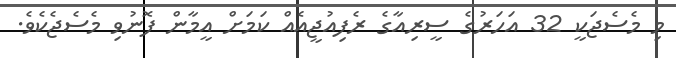
މި މެސެޖަކީ 32 އަހަރުގެ ސީރިއާގެ ރެފިއުޖީއެއް ކަމަށް އީމާން ފޮނުވި މެސެޖެކެވެެ.